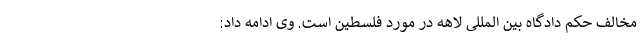
مخالف حکم دادگاه بین المللی لاهه در مورد فلسطین است. وی ادامه داد: